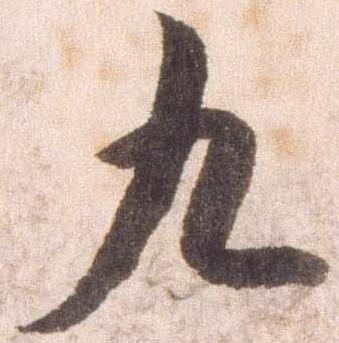
九